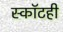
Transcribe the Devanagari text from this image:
स्कॉटही